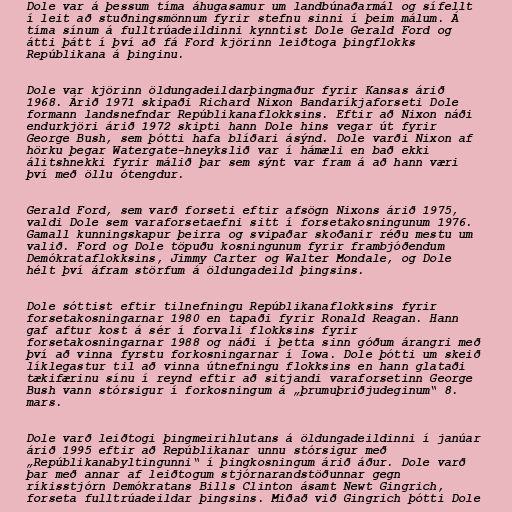
Dole var á þessum tíma áhugasamur um landbúnaðarmál og sífellt
í leit að stuðningsmönnum fyrir stefnu sinni í þeim málum. Á
tíma sínum á fulltrúadeildinni kynntist Dole Gerald Ford og
átti þátt í því að fá Ford kjörinn leiðtoga þingflokks
Repúblikana á þinginu.

Dole var kjörinn öldungadeildarþingmaður fyrir Kansas árið
1968. Árið 1971 skipaði Richard Nixon Bandaríkjaforseti Dole
formann landsnefndar Repúblikanaflokksins. Eftir að Nixon náði
endurkjöri árið 1972 skipti hann Dole hins vegar út fyrir
George Bush, sem þótti hafa blíðari ásýnd. Dole varði Nixon af
hörku þegar Watergate-hneykslið var í hámæli en bað ekki
álitshnekki fyrir málið þar sem sýnt var fram á að hann væri
því með öllu ótengdur.

Gerald Ford, sem varð forseti eftir afsögn Nixons árið 1975,
valdi Dole sem varaforsetaefni sitt í forsetakosningunum 1976.
Gamall kunningskapur þeirra og svipaðar skoðanir réðu mestu um
valið. Ford og Dole töpuðu kosningunum fyrir frambjóðendum
Demókrataflokksins, Jimmy Carter og Walter Mondale, og Dole
hélt því áfram störfum á öldungadeild þingsins.

Dole sóttist eftir tilnefningu Repúblikanaflokksins fyrir
forsetakosningarnar 1980 en tapaði fyrir Ronald Reagan. Hann
gaf aftur kost á sér í forvali flokksins fyrir
forsetakosningarnar 1988 og náði í þetta sinn góðum árangri með
því að vinna fyrstu forkosningarnar í Iowa. Dole þótti um skeið
líklegastur til að vinna útnefningu flokksins en hann glataði
tækifærinu sínu í reynd eftir að sitjandi varaforsetinn George
Bush vann stórsigur í forkosningum á „þrumuþriðjudeginum“ 8.
mars.

Dole varð leiðtogi þingmeirihlutans á öldungadeildinni í janúar
árið 1995 eftir að Repúblikanar unnu stórsigur með
„Repúblikanabyltingunni“ í þingkosningum árið áður. Dole varð
þar með annar af leiðtogum stjórnarandstöðunnar gegn
ríkisstjórn Demókratans Bills Clinton ásamt Newt Gingrich,
forseta fulltrúadeildar þingsins. Miðað við Gingrich þótti Dole